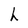
Character: h